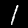
Digit: 1